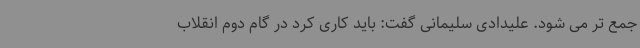
جمع تر می شود. علیدادی سلیمانی گفت: باید کاری کرد در گام دوم انقلاب